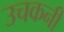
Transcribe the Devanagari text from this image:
उचकनी